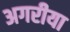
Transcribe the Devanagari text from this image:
अगरीया